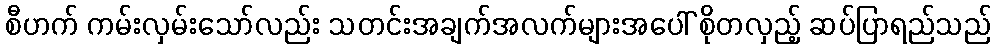
စီဟက် ကမ်းလှမ်းသော်လည်း သတင်းအချက်အလက်များအပေါ် စိုတလှည့် ဆပ်ပြာရည်သည်